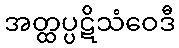
အတ္ထပ္ပဋိသံဝေဒီ